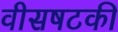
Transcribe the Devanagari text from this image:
वीसषटकी